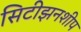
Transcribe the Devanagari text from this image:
सिटीझनशीप